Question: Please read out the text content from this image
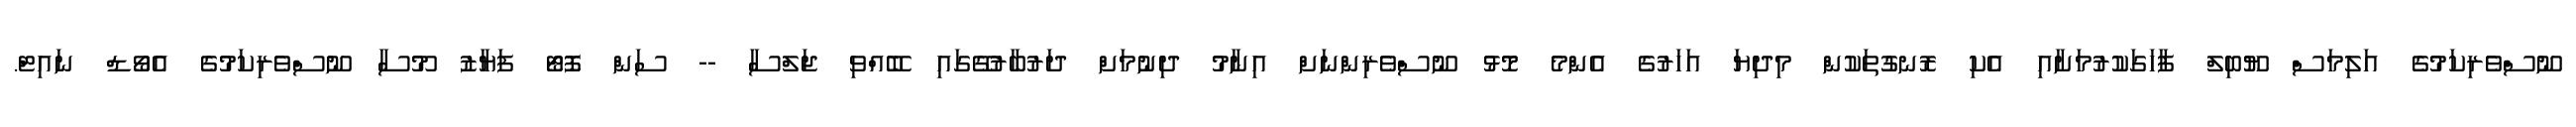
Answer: ނޫސްވެރިކަމުގެ އަލިމަސް ޔޫބިލް ފާހަގަކުރުމަށާއި އެކި ރޮނގުތަކުން މިދިޔަ އަހަރުގެ އެންމެ މޮޅު ނޫސްވެރިންނަށް އިނާމު ދިނުމަށް ދަރުބާރުގޭގައި ބޭއްވި ޖަލްސާ -- ސަން ފޮޓޯ ފަޔާޒު މޫސާ ނޫސްވެރިކަމުގެ އެވޯޑް ނައިޓް.